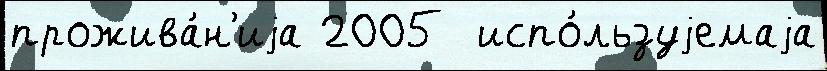
прожива́н'иjа 2005  испо́льзуjемаjа